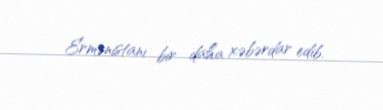
Ermənistanı bir daha xəbərdar edib.